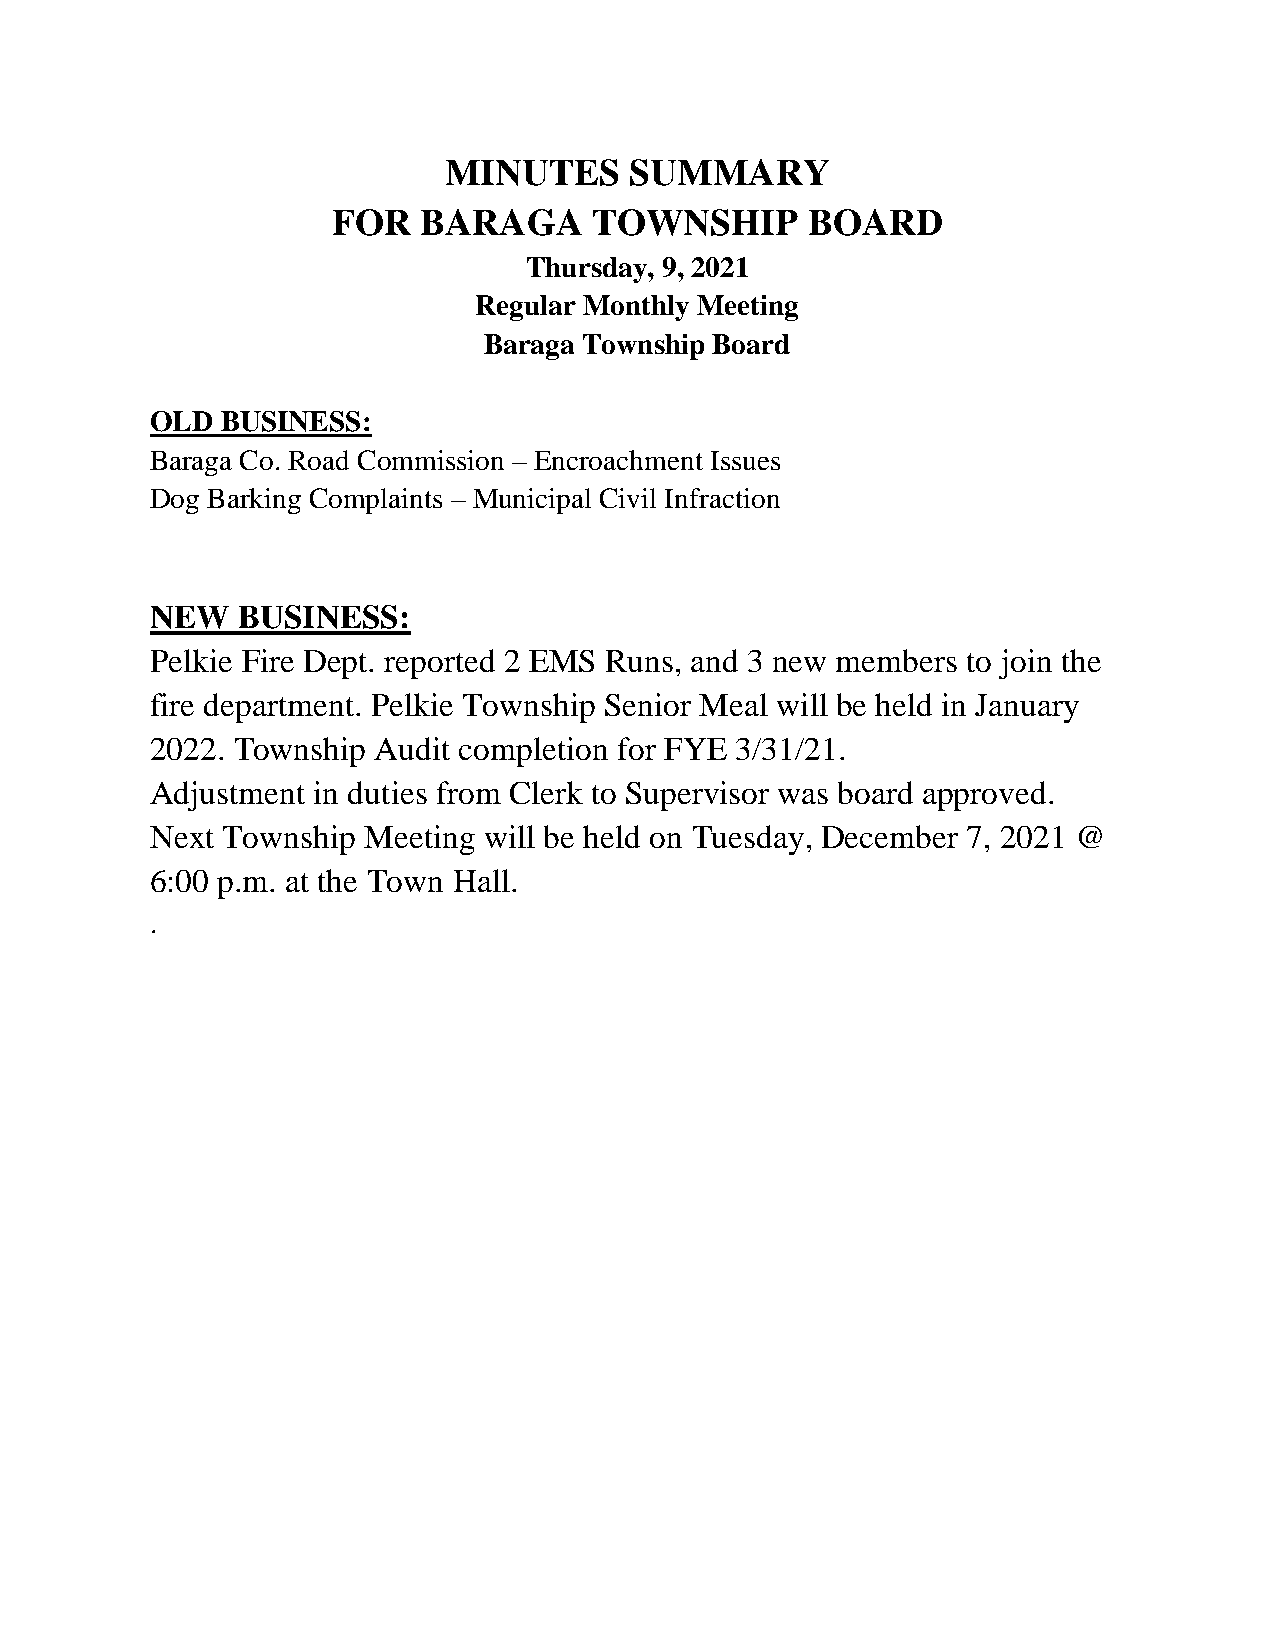
MINUTES      SUMMARY
 FOR   BARAGA     TOWNSHIP      BOARD
 Thursday, 9, 2021
 Regular Monthly Meeting
 Baraga Township Board
 OLD  BUSINESS:
 Baraga Co. Road Commission – Encroachment Issues
 Dog Barking Complaints – Municipal Civil Infraction
 NEW   BUSINESS:
 Pelkie Fire Dept. reported 2 EMS Runs, and 3 new members to join the
 fire department. Pelkie Township Senior Meal will be held in January
 2022. Township Audit completion for FYE 3/31/21.
 Adjustment in duties from Clerk to Supervisor was board approved.
 Next Township Meeting will be held on Tuesday, December 7, 2021 @
 6:00 p.m. at the Town Hall.
 .